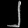
Digit: ၂